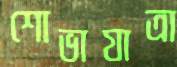
শোভাযাত্রা